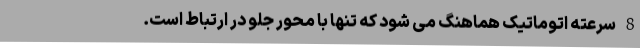
8 سرعته اتوماتیک هماهنگ می شود که تنها با محور جلو در ارتباط است.